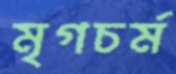
মৃগচর্ম